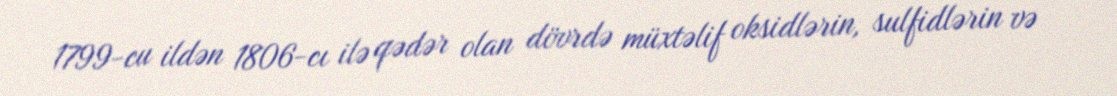
1799-cu ildən 1806-cı ilə qədər olan dövrdə müxtəlif oksidlərin, sulfidlərin və